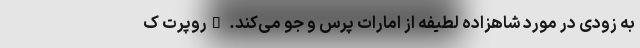
به زودی در مورد شاهزاده لطیفه از امارات پرس و جو می‌کند. "روپرت ک